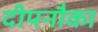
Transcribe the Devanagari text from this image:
दीपनौका